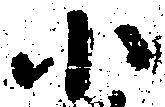
小